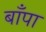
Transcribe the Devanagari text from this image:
बाँपा